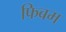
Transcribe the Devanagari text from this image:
फिबम